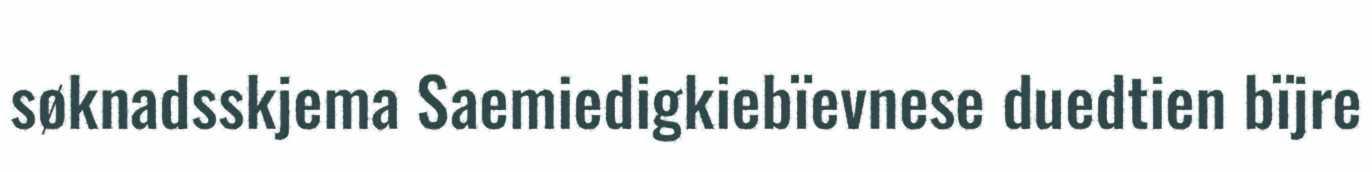
søknadsskjema Saemiedigkiebïevnese duedtien bïjre